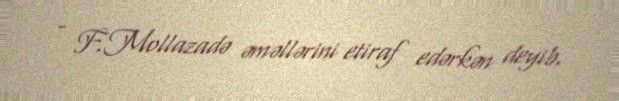
- F.Mollazadə əməllərini etiraf edərkən deyib.